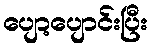
ပျော့ပျောင်းပြီး